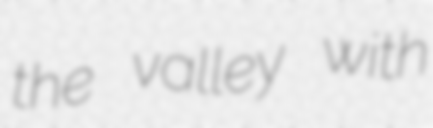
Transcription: the valley with